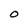
Character: 0